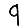
Digit: 9